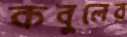
কবুলের